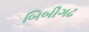
બિબીગઢ